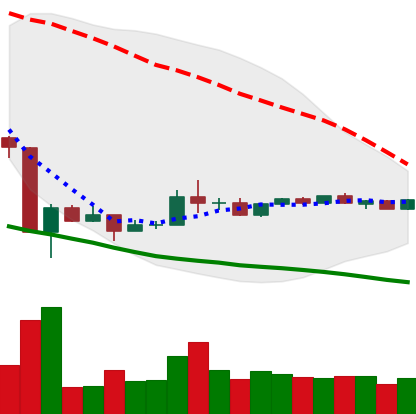
Ticker: ADA-USD
Chart end date: 2020-03-30
Forward return: 8.811%
Label: up_7plus